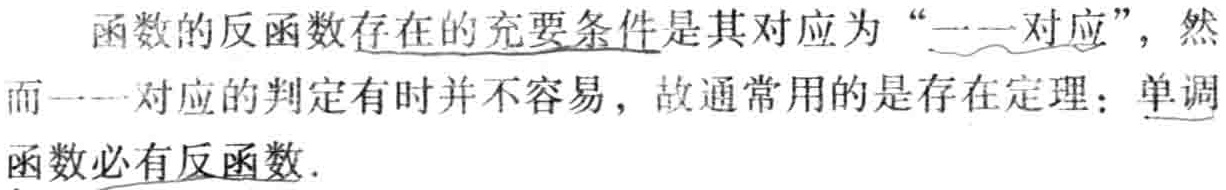
函数的反函数存在的充要条件是其对应为“一一对应”，然而一一对应的判定有时并不容易，故通常用的是存在定理：单调函数必有反函数.